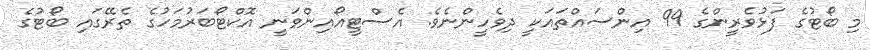
މި ބޯޓުގެ ފަޅުވެރީންގެ 99 އިންސައްތައަކީ ދިވެހީންނެވެ. އެސްޓީއޯއިންވަނީ އޮކްޓޯބަރުމަހުގެ ތެރޭގައި ބޯޓުގެ